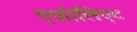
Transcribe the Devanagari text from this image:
एफीलिएट